Report of the Indian Hemp Drugs Commission, 1894-1895 - Volume II
Year: 1894
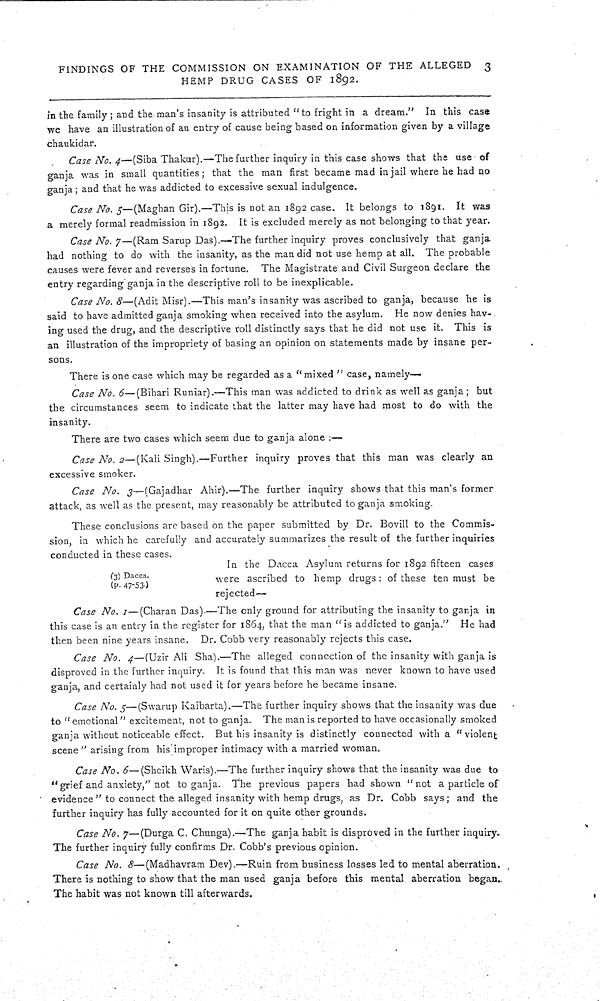
FINDINGS OF THE COMMISSION ON EXAMINATION OF THE ALLEGED
3
HEMP DRUG CASES OF 1892.
in the family; and the man's insanity is attributed "to fright in a dream." In this case
we have an illustration of an entry of cause being based on information given by a village
chaukidar.
Case No. 4—(Siba Thakur).—The further inquiry in this case shows that the use of
ganja was in small quantities; that the man first became mad in jail where he had no
ganja; and that he was addicted to excessive sexual indulgence.
Case No. 5—(Maghan Gir).—This is not an 1892 case. It belongs to 1891. It was
a merely formal readmission in 1892. It is excluded merely as not belonging to that year.
Case No. 7—(Ram Sarup Das).—The further inquiry proves conclusively that ganja
had nothing to do with the insanity, as the man did not use hemp at all. The probable
causes were fever and reverses in fortune. The Magistrate and Civil Surgeon declare the
entry regarding ganja in the descriptive roll to be inexplicable.
Case No. 8—(Adit Misr).—This man's insanity was ascribed to ganja, because he is
said to have admitted ganja smoking when received into the asylum. He now denies hav-
ing used the drug, and the descriptive roll distinctly says that he did not use it. This is
an illustration of the impropriety of basing an opinion on statements made by insane per-
sons.
There is one case which may be regarded as a "mixed" case, namely—
Case No. 6—(Bihari Runiar).—This man was addicted to drink as well as ganja; but
the circumstances seem to indicate that the latter may have had most to do with the
insanity.
There are two cases which seem due to ganja alone:—
Case No. 2—(Kali Singh).—Further inquiry proves that this man was clearly an
excessive smoker.
Case No. 3—(Gajadhar Ahir).—The further inquiry shows that this man's former
attack, as well as the present, may reasonably be attributed to ganja smoking.
These conclusions are based on the paper submitted by Dr. Bovill to the Commis-
sion, in which he carefully and accurately summarizes the result of the further inquiries
conducted in these cases.
(3) Dacca.
(P. 47-53.)
In the Dacca Asylum returns for 1892 fifteen cases
were ascribed to hemp drugs: of these ten must be
rejected—
Case No. 1—(Charan Das).—The only ground for attributing the insanity to ganja in
this case is an entry in the register for 1864, that the man "is addicted to ganja." He had
then been nine years insane. Dr. Cobb very reasonably rejects this case.
Case No. 4—(Uzir Ali Sha).—The alleged connection of the insanity with ganja is
disproved in the further inquiry. It is found that this man was never known to have used
ganja, and certainly had not used it for years before he became insane.
Case No. 5—(Swarup Kaibarta).—The further inquiry shows that the insanity was due
to "emotional" excitement, not to ganja. The man is reported to have occasionally smoked
ganja without noticeable effect. But his insanity is distinctly connected with a "violent
scene" arising from his improper intimacy with a married woman.
Case No. 6—(Sheikh Waris).—The further inquiry shows that the insanity was due to
"grief and anxiety," not to ganja. The previous papers had shown "not a particle of
evidence" to connect the alleged insanity with hemp drugs, as Dr. Cobb says; and the
further inquiry has fully accounted for it on quite other grounds.
Case No. 7—(Durga C. Chunga).—The ganja habit is disproved in the further inquiry.
The further inquiry fully confirms Dr. Cobb's previous opinion.
Case No. 8—(Madhavram Dev).—Ruin from business losses led to mental aberration.
There is nothing to show that the man used ganja before this mental aberration began.
The habit was not known till afterwards.